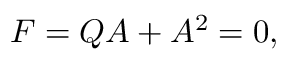
{ \cal F } = Q { \cal A } + { \cal A } ^ { 2 } = 0 ,